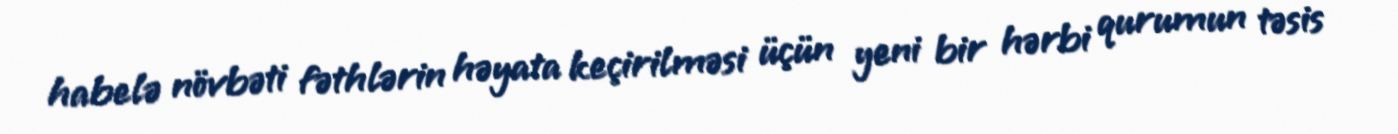
habelə növbəti fəthlərin həyata keçirilməsi üçün yeni bir hərbi qurumun təsis